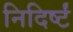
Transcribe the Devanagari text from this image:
निदिर्ष्टं